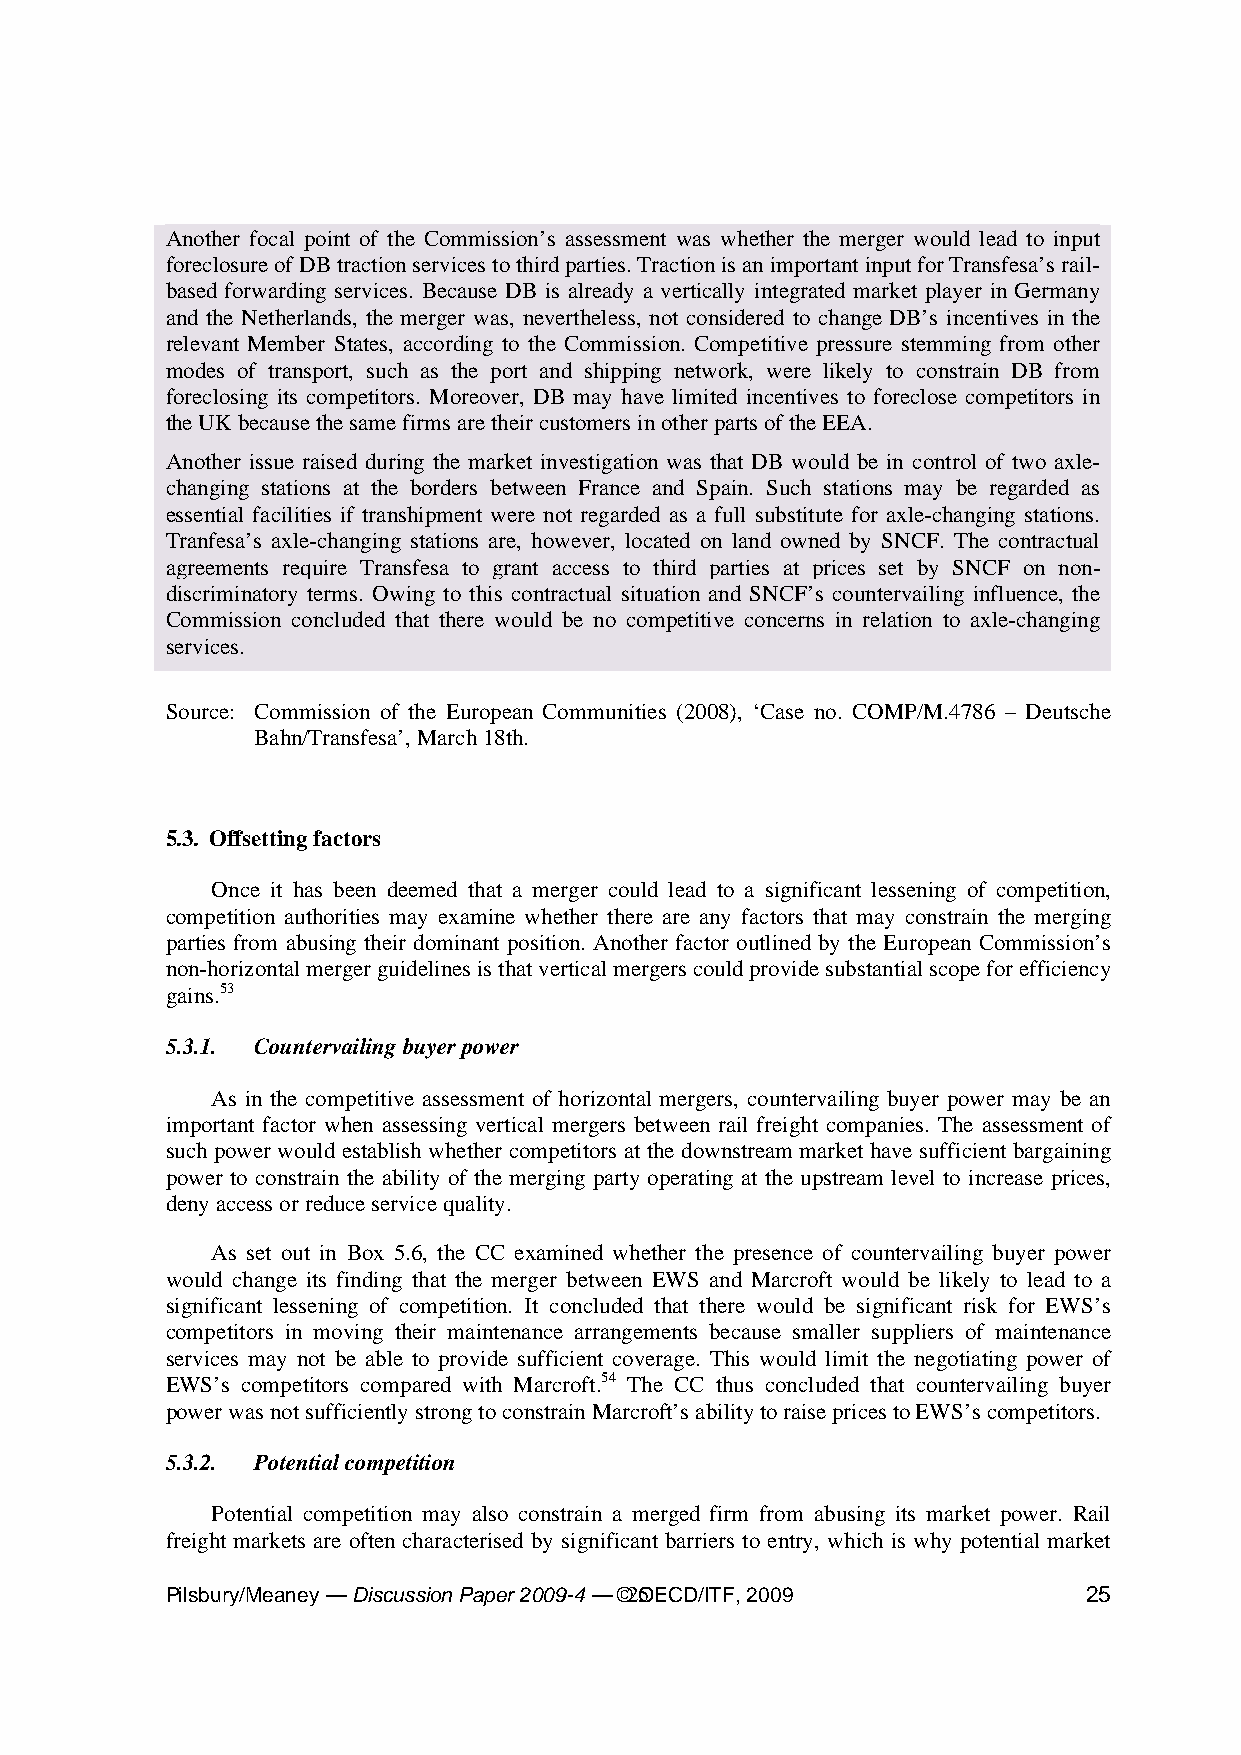
Another focal point of the Commission’s assessment was whether the merger would lead to input
 foreclosure of DB traction services to third parties. Traction is an important input for Transfesa’s rail-
 based forwarding services. Because DB is already a vertically integrated market player in Germany
 and the Netherlands, the merger was, nevertheless, not considered to change DB’s incentives in the
 relevant Member States, according to the Commission. Competitive pressure stemming from other
 modes of transport, such as the port and shipping network, were likely to constrain DB from
 foreclosing its competitors. Moreover, DB may have limited incentives to foreclose competitors in
 the UK because the same firms are their customers in other parts of the EEA.
 Another issue raised during the market investigation was that DB would be in control of two axle-
 changing stations at the borders between France and Spain. Such stations may be regarded as
 essential facilities if transhipment were not regarded as a full substitute for axle-changing stations.
 Tranfesa’s axle-changing stations are, however, located on land owned by SNCF. The contractual
 agreements require Transfesa to grant access to third parties at prices set by SNCF on non-
 discriminatory terms. Owing to this contractual situation and SNCF’s countervailing influence, the
 Commission concluded that there would be no competitive concerns in relation to axle-changing
 services.
 Source: Commission of the European Communities (2008), ‘Case no. COMP/M.4786 – Deutsche
 Bahn/Transfesa’, March 18th.
 5.3. Offsetting factors
 Once it has been deemed that a merger could lead to a significant lessening of competition,
 competition authorities may examine whether there are any factors that may constrain the merging
 parties from abusing their dominant position. Another factor outlined by the European Commission’s
 non-horizontal merger guidelines is that vertical mergers could provide substantial scope for efficiency
 gains.53
 5.3.1. Countervailing buyer power
 As in the competitive assessment of horizontal mergers, countervailing buyer power may be an
 important factor when assessing vertical mergers between rail freight companies. The assessment of
 such power would establish whether competitors at the downstream market have sufficient bargaining
 power to constrain the ability of the merging party operating at the upstream level to increase prices,
 deny access or reduce service quality.
 As set out in Box 5.6, the CC examined whether the presence of countervailing buyer power
 would change its finding that the merger between EWS and Marcroft would be likely to lead to a
 significant lessening of competition. It concluded that there would be significant risk for EWS’s
 competitors in moving their maintenance arrangements because smaller suppliers of maintenance
 services may not be able to provide sufficient coverage. This would limit the negotiating power of
 EWS’s competitors compared with Marcroft.54 The CC thus concluded that countervailing buyer
 power was not sufficiently strong to constrain Marcroft’s ability to raise prices to EWS’s competitors.
 5.3.2. Potential competition
 Potential competition may also constrain a merged firm from abusing its market power. Rail
 freight markets are often characterised by significant barriers to entry, which is why potential market
 Pilsbury/Meaney — Discussion Paper 2009-4 — ©2 5OECD/ITF, 2009 25